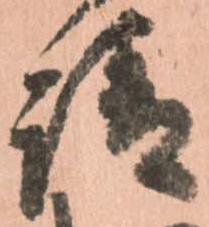
請